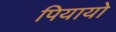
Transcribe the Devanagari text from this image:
पियायो